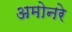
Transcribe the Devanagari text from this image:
अमोनरे